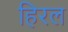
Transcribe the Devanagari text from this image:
हिरल